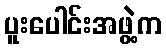
ပူးပေါင်းအဖွဲ့က